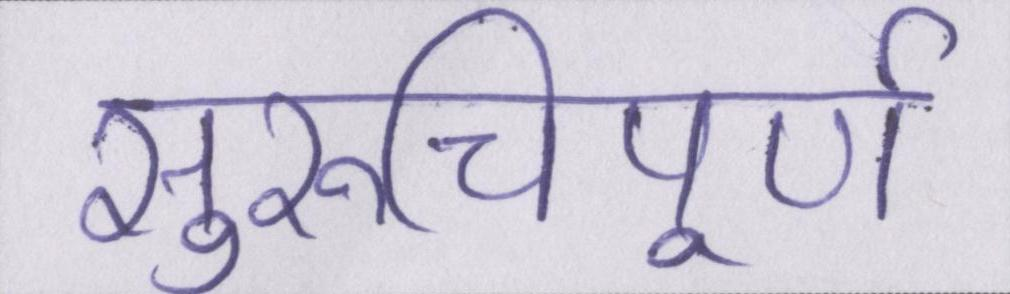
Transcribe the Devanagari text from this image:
सुरुचिपूर्ण